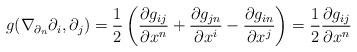
LaTeX: \begin{align*} g(\nabla_{\partial_n}\partial_i, \partial_j) = \frac{1}{2}\left(\frac{\partial g_{ij}}{\partial x^n} + \frac{\partial g_{jn}}{\partial x^i} - \frac{\partial g_{in}}{\partial x^j}\right) = \frac{1}{2}\frac{\partial g_{ij}}{\partial x^n} \end{align*}